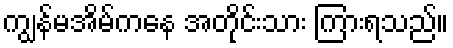
ကျွန်မအိမ်ကနေ အတိုင်းသား ကြားရသည်။